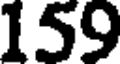
159